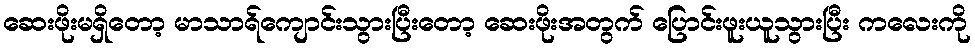
ဆေးဖိုးမရှိတော့ မာသာရ်ကျောင်းသွားပြီးတော့ ဆေးဖိုးအတွက် ပြောင်းဖူးယူသွားပြီး ကလေးကို